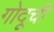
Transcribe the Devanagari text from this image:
गोदूची